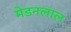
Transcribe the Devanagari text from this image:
मेडनलाल